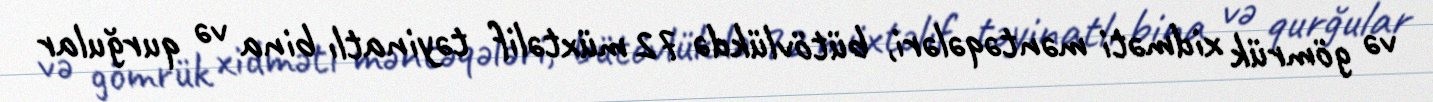
və gömrük xidməti məntəqələri, bütövlükdə 72 müxtəlif təyinatlı bina və qurğular